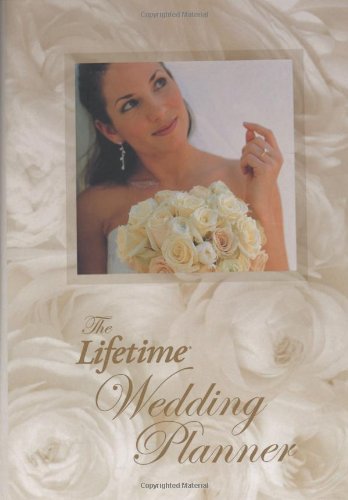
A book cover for The Lifetime Wedding Planner; Lifetime Press; Crafts, Hobbies & Home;